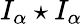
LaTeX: I_{\alpha}\star I_{\alpha}